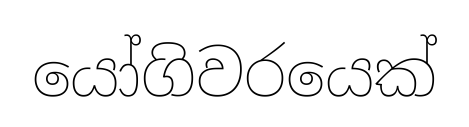
යෝගිවරයෙක්